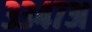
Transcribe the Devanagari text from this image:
३३४७अ